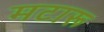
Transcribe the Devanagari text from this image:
मटारू